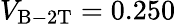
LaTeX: V_{\mathrm{B-2T}}=0.250